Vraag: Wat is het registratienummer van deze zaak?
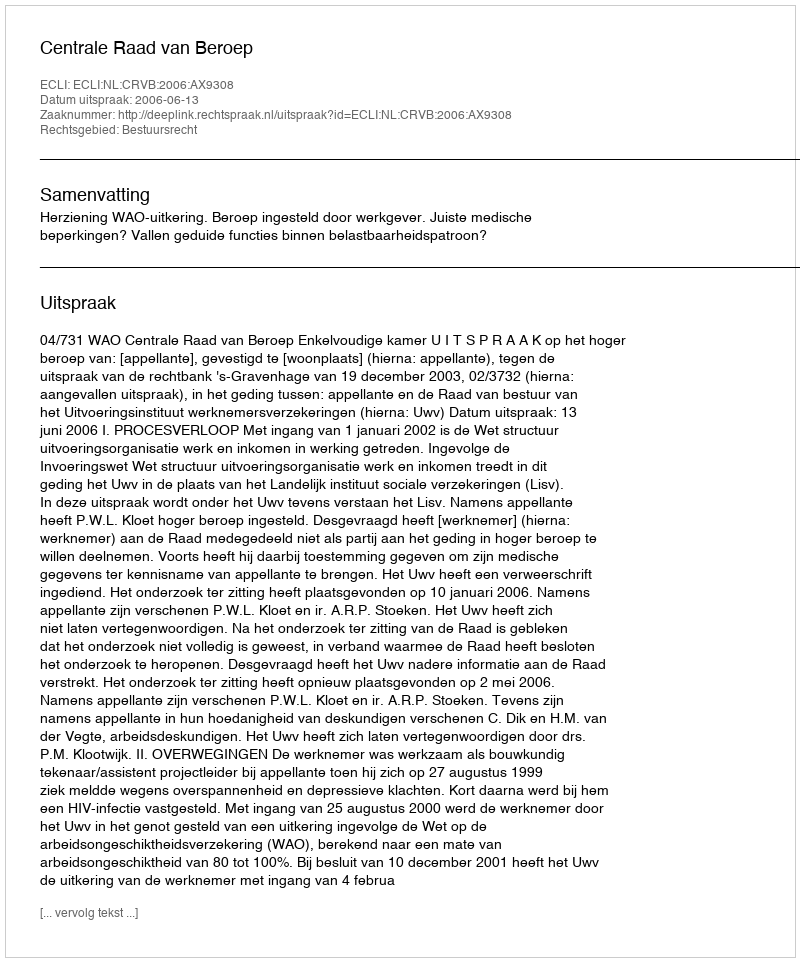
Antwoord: http://deeplink.rechtspraak.nl/uitspraak?id=ECLI:NL:CRVB:2006:AX9308